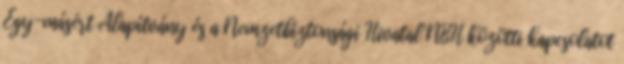
Egy-másért Alapítvány és a Nemzetbiztonsági Hivatal NBH közötti kapcsolatot